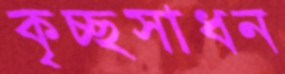
কৃচ্ছসাধন